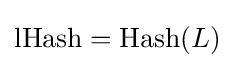
\mathrm {lHash} =\mathrm {Hash} (L)